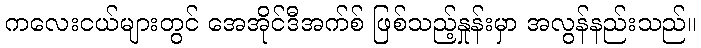
ကလေးငယ်များတွင် အေအိုင်ဒီအက်စ် ဖြစ်သည့်နှုန်းမှာ အလွန်နည်းသည်။